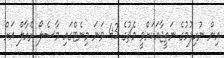
އިން ނުހިފުމުގެ ނަތީޖާއަކަށްވީ މެޗުގެ 43 ވަނަ މިނެޓްގައި މާސެލޯ ރެއާލް އަށް